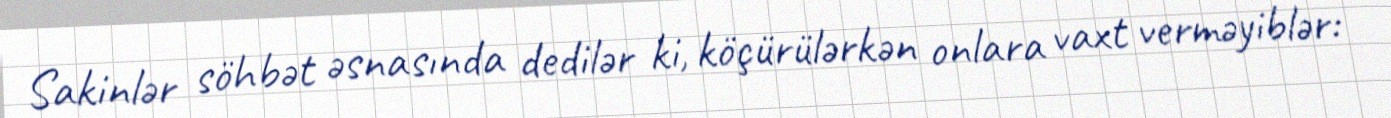
Sakinlər söhbət əsnasında dedilər ki, köçürülərkən onlara vaxt verməyiblər: